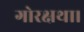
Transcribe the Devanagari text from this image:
गोरक्षथा।